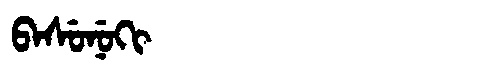
Manchu: ᠪᠠᠰᡠᠨᡠᡴᡳ
Romanization: BASUNUKI